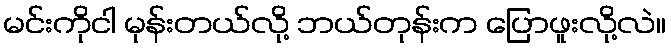
မင်းကိုငါ မုန်းတယ်လို့ ဘယ်တုန်းက ပြောဖူးလို့လဲ။